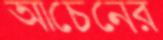
আচেনের